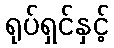
ရုပ်ရှင်နှင့်